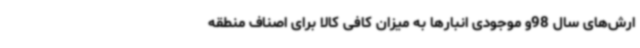
ارش‌های سال 98و موجودی انبارها به میزان کافی کالا برای اصناف منطقه